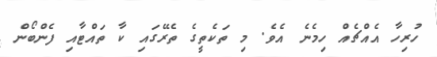
ހުރިހާ އެއްޗެއް ހިމެނެ އެވެ. މި ތަކެތީގެ ތެރޭގައި ކާ ތައްޓާއި ފެންބޯން